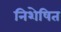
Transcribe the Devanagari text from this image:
निशेषित